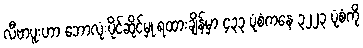
လီဗာပူးဟာ ဘောလုံးပိုင်ဆိုင်မှု ရထားချိန်မှာ ၄၃၃ ပုံစံကနေ ၃၂၂၃ ပုံစံကို